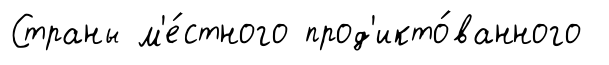
Страны м'е́стного прод'икто́ванного